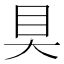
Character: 𰥍